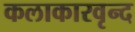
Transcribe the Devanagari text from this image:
कलाकारवृन्द